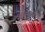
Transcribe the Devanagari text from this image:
ऑथोरिटीच्या